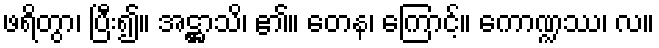
ဖရိတွာ၊ ပြီး၍။ အဋ္ဌာသိ၊ ၏။ တေန၊ ကြောင့်။ ကောဏ္ဍဿ၊ လ။